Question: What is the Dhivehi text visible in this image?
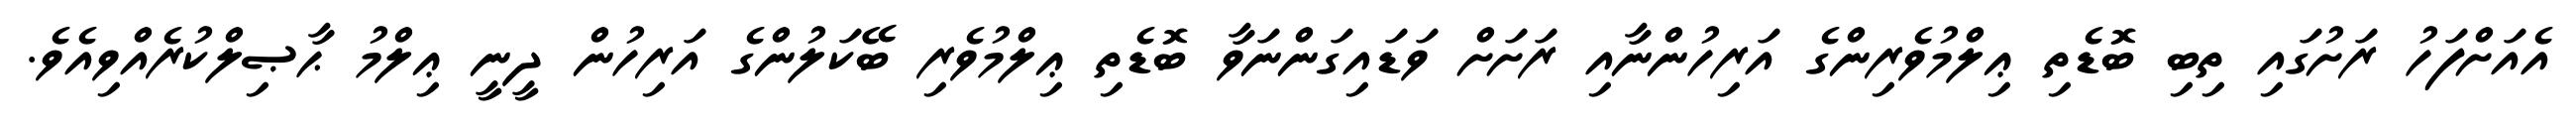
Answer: އެއަށްފަހު ރަށުގައި ތިބި ބޮޑެތި ޢިލްމުވެރިންގެ އަރިހުންނާއި ރަށަށް ވަޑައިގަންނަވާ ބޮޑެތި ޢިލްމުވެރި ބޭކަލުންގެ އަރިހުން ދީނީ ޢިލްމު ޙާޞިލްކުރެއްވިއެވެ.